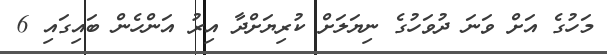
މަހުގެ އަށް ވަނަ ދުވަހުގެ ނިޔަލަށް ކުރިޔަށްދާ އިރު އަންހެން ބައިގައި 6